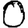
Digit: 0